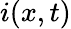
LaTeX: i(x,t)